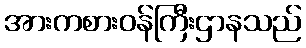
အားကစားဝန်ကြီးဌာနသည်